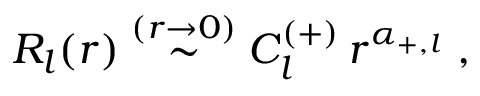
R _ { l } ( r ) \stackrel { ( r \rightarrow 0 ) } { \sim } C _ { l } ^ { ( + ) } \, r ^ { \alpha _ { + , l } } \; ,